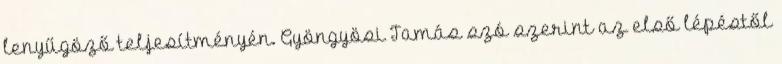
lenyűgöző teljesítményén. Gyöngyösi Tamás szó szerint az első lépéstől